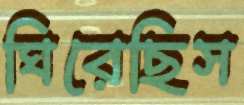
ঘিরেছিস